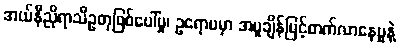
အယ်နီညိုရာသီဥတုဖြစ်ပေါ်မှု၊ ဥရောပမှာ အပူချိန်မြင့်တက်လာနေမှုနဲ့